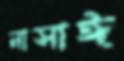
নাসাঈ